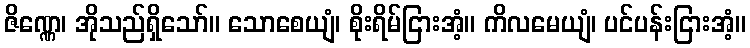
ဇိဏ္ဏေ၊ အိုသည်ရှိသော်။ သောစေယျံ၊ စိုးရိမ်ငြားအံ့။ ကိလမေယျံ၊ ပင်ပန်းငြားအံ့။